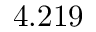
4 . 2 1 9